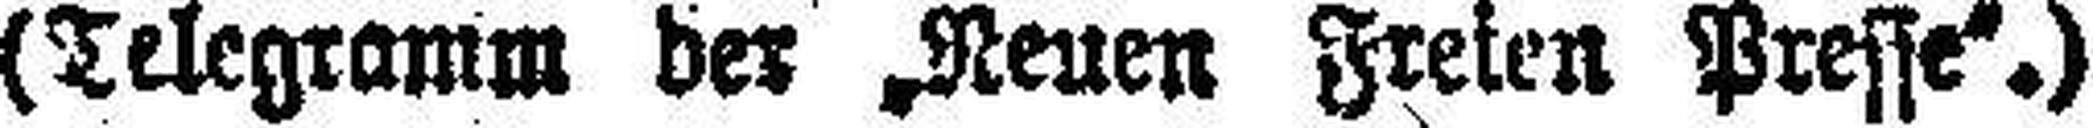
(Telegramm der „Neuen Freien Presse“.)